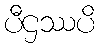
ပီဌဿပိ